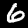
Digit: 6